Rangoon Lunatic Asylum 1898-1906 - 1898-1906
Year: 1898
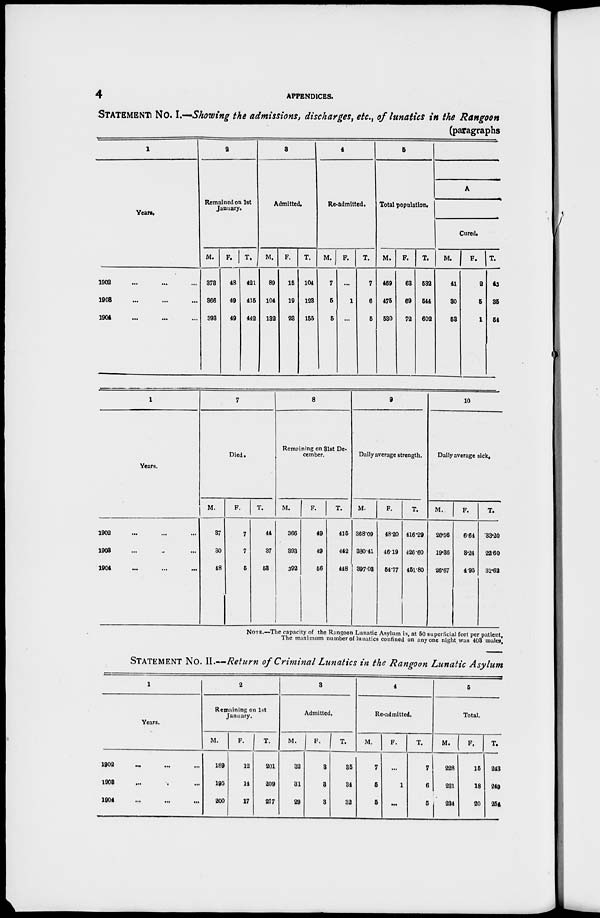
4
APPENDICES.
STATEMENT No. I.—Showing the admissions, discharges, etc., of lunatics in the Rangoon
(paragraphs
1
Years.
1902 ... ... ...
1903
...
...
...
1904 ... ... ...
2
Remained on 1st
January.
M.
378
366
393
F.
48
49
49
T.
421
415
442
3
Admitted.
M.
89
104
182
F.
15
19
28
T.
104
123
155
4
Re-admitted.
M.
7
5
5
F.
...
1
...
T.
7
6
5
5
Total population.
M.
469
475
530
F.
63
69
72
T.
532
544
602
A
Cured.
M.
41
30
53
F.
2
5
1
T.
43
35
54
1
Years.
1902 ... ... ...
1903 ... ... ...
1904 ... ... ...
7
Died.
M.
37
30
48
F.
7
7
5
T.
44
37
53
8
Remaining on 31st De-
cember.
M.
366
393
392
F.
49
49
56
T.
415
442
448
9
Daily average strength.
M.
368.09
380.41
397.03
F.
48.20
4619
54.77
T.
416.29
426 60
451.80
10
Daily average sick.
M.
26.56
19.36
26.67
F.
6.64
3.24
4.95
T.
33.20
22.60
31.62
NOTE.—The capacity of the Rangoon Lunatic Asylum is, at 50 superficial feet per patient,
The maximum number of lunatics confined on anyone night was 403 males,
STATEMENT NO. II.—Return of Criminal Lunatics in the Rangoon Lunatic Asylum
1
Years.
1902 ... ... ...
1903 ... ... ...
1904 ... ... ...
2
Remaining on 1st
January.
M.
189
195
200
F.
12
14
17
T.
201
209
217
3
Admitted.
M.
32
31
29
F.
3
3
3
T.
35
34
32
4
Re-admitted.
M.
7
5
5
F.
...
1
...
T.
7
6
5
5
Total.
M.
228
281
234
F.
15
18
20
T.
243
249
254